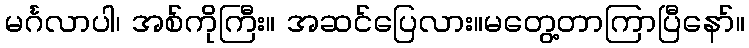
မင်္ဂလာပါ၊ အစ်ကိုကြီး။ အဆင်ပြေလား။မတွေ့တာကြာပြီနော်။